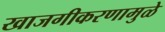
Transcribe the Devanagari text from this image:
खाजगीकरणामुळे